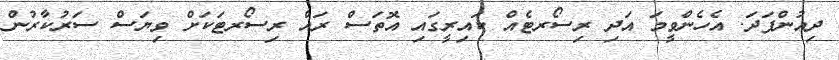
ދިއުންފަދަ. އެހެންވީމަ އަދި ރިސޯރޓެއް ކައިރީގައި އޮތަސް ރައް ރިސޯރޓަކަށް ވިޔަސް ސަރުކާރުން